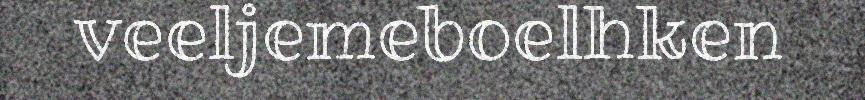
veeljemeboelhken